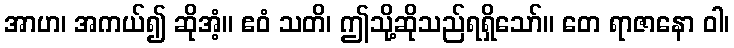
အာဟ၊ အကယ်၍ ဆိုအံ့။ ဧဝံ သတိ၊ ဤသို့ဆိုသည်ရရှိသော်။ တေ ရာဇာနော ဝါ၊